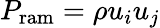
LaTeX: P_{\mathrm{ram}}=\rho u_{i}u_{j}